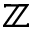
\mathbb { Z }